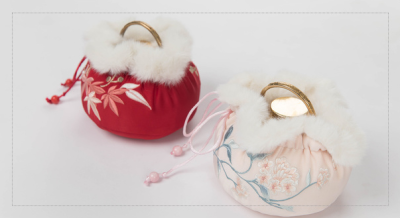
桂花香雾冷，梧叶西风影。